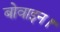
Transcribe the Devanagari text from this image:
बोवाइन।